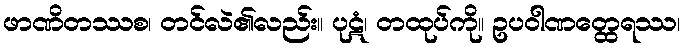
ဖာဏိတဿစ၊ တင်လဲ၏လည်း။ ပုဋံ၊ တထုပ်ကို။ ဥပဝါဏတ္ထေရဿ၊